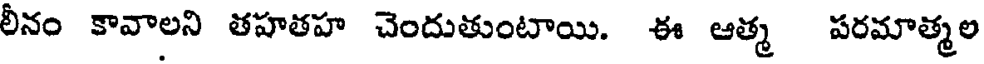
లీనం కావాలని తహతహ చెందుతుంటాయి. ఈ ఆత్మ పరమాత్మల